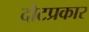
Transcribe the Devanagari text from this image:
दोटप्रकार